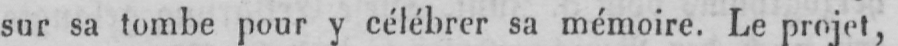
sur sa tombe pour y célébrer sa mémoire. Le projet,